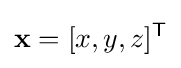
\mathbf {x} =[x,y,z]^{\mathsf {T}}